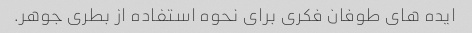
ایده های طوفان فکری برای نحوه استفاده از بطری جوهر.